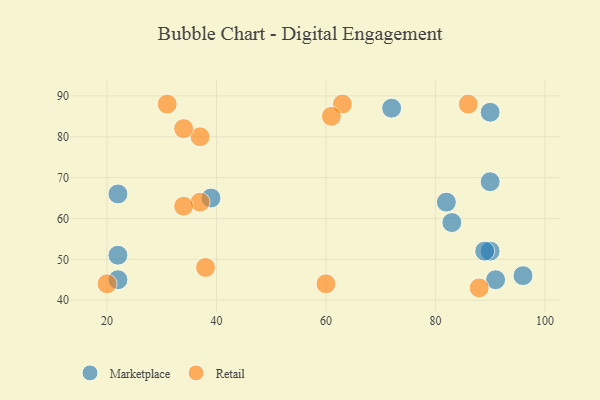
{"axis": {"x": "GDP", "y": "Life Expectancy"}, "legend": ["Marketplace", "Retail"], "data": [{"x": "90", "y": 52, "type": "Marketplace"}, {"x": "89", "y": 52, "type": "Marketplace"}, {"x": "22", "y": 66, "type": "Marketplace"}, {"x": "90", "y": 86, "type": "Marketplace"}, {"x": "72", "y": 87, "type": "Marketplace"}, {"x": "91", "y": 45, "type": "Marketplace"}, {"x": "22", "y": 51, "type": "Marketplace"}, {"x": "90", "y": 69, "type": "Marketplace"}, {"x": "83", "y": 59, "type": "Marketplace"}, {"x": "82", "y": 64, "type": "Marketplace"}, {"x": "96", "y": 46, "type": "Marketplace"}, {"x": "39", "y": 65, "type": "Marketplace"}, {"x": "22", "y": 45, "type": "Marketplace"}, {"x": "60", "y": 44, "type": "Retail"}, {"x": "86", "y": 88, "type": "Retail"}, {"x": "37", "y": 64, "type": "Retail"}, {"x": "20", "y": 44, "type": "Retail"}, {"x": "34", "y": 63, "type": "Retail"}, {"x": "31", "y": 88, "type": "Retail"}, {"x": "88", "y": 43, "type": "Retail"}, {"x": "37", "y": 80, "type": "Retail"}, {"x": "38", "y": 48, "type": "Retail"}, {"x": "63", "y": 88, "type": "Retail"}, {"x": "34", "y": 82, "type": "Retail"}, {"x": "61", "y": 85, "type": "Retail"}]}